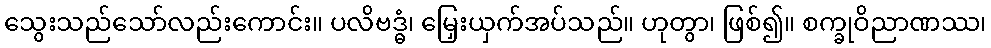
သွေးသည်သော်လည်းကောင်း။ ပလိဗဒ္ဓံ၊ မြှေးယှက်အပ်သည်။ ဟုတွာ၊ ဖြစ်၍။ စက္ခုဝိညာဏဿ၊